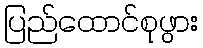
ပြည်ထောင်စုဖွား